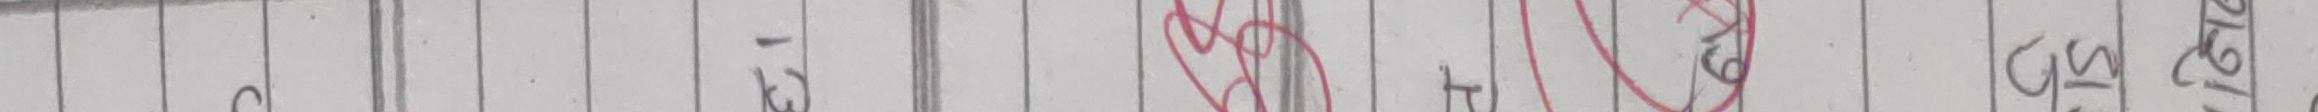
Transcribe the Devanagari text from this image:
९ ट १६ ७ गस९